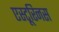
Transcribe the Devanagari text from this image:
एस्टूरिनस